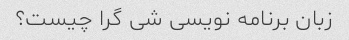
زبان برنامه نویسی شی گرا چیست؟